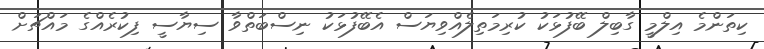
ކިތަންމެ އިލްމީ ގާބިލް ބޭފުޅަކު ކުރިމަތިލެއްވިޔަސް އެބޭފުޅަކު ނިސްބަތްވާ ސިޔާސީ ފިކުރެއްގެ މައްޗަށް